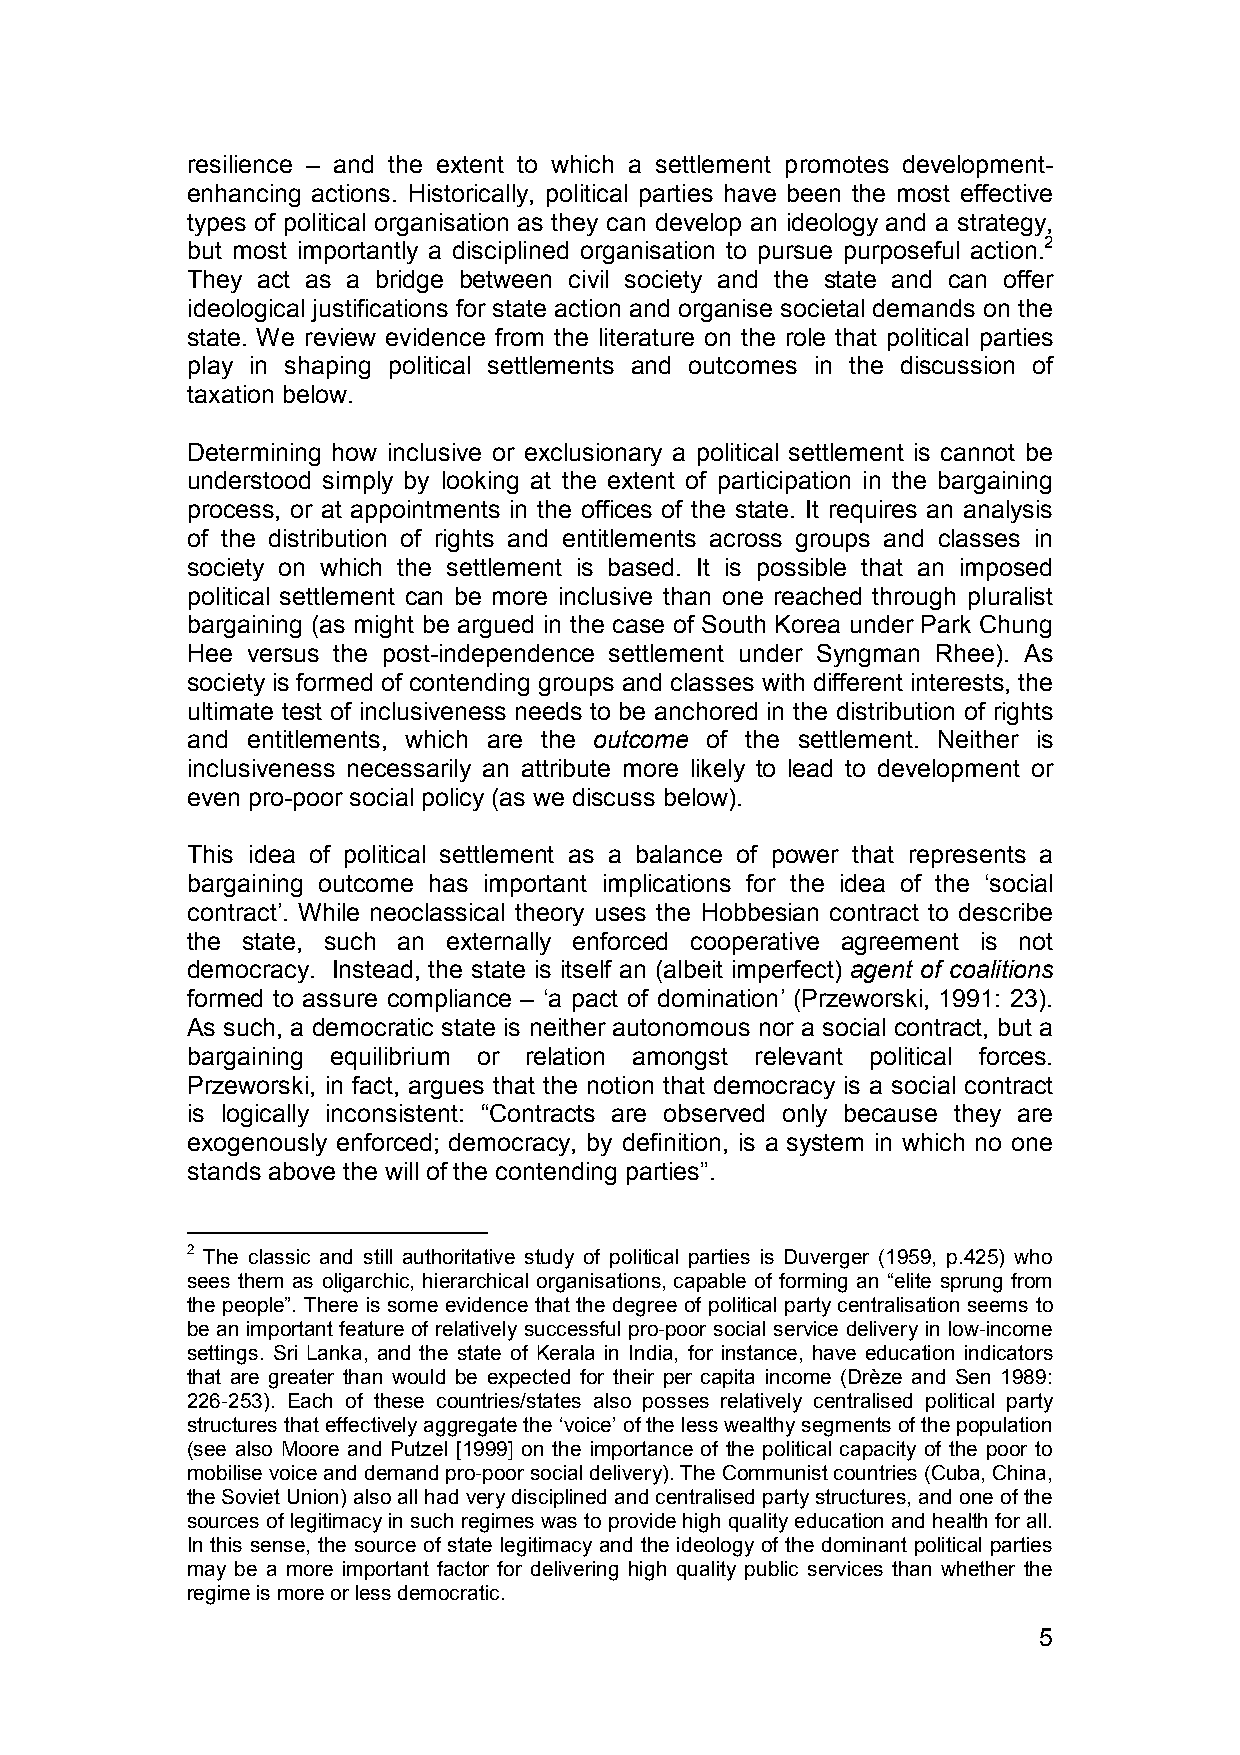
resilience – and the extent to which a settlement promotes development-
 enhancing actions. Historically, political parties have been the most effective
 types of political organisation as they can develop an ideology and a strategy,
 but most importantly a disciplined organisation to pursue purposeful action.2
 They act as a bridge between civil society and the state and can offer
 ideological justifications for state action and organise societal demands on the
 state. We review evidence from the literature on the role that political parties
 play in shaping political settlements and outcomes in the discussion of
 taxation below.
 Determining how inclusive or exclusionary a political settlement is cannot be
 understood simply by looking at the extent of participation in the bargaining
 process, or at appointments in the offices of the state. It requires an analysis
 of the distribution of rights and entitlements across groups and classes in
 society on which the settlement is based. It is possible that an imposed
 political settlement can be more inclusive than one reached through pluralist
 bargaining (as might be argued in the case of South Korea under Park Chung
 Hee versus the post-independence settlement under Syngman Rhee). As
 society is formed of contending groups and classes with different interests, the
 ultimate test of inclusiveness needs to be anchored in the distribution of rights
 and entitlements, which are the outcome of the settlement. Neither is
 inclusiveness necessarily an attribute more likely to lead to development or
 even pro-poor social policy (as we discuss below).
 This idea of political settlement as a balance of power that represents a
 bargaining outcome has important implications for the idea of the ‘social
 contract’. While neoclassical theory uses the Hobbesian contract to describe
 the state, such an externally enforced cooperative agreement is not
 democracy. Instead, the state is itself an (albeit imperfect) agent of coalitions
 formed to assure compliance – ‘a pact of domination’ (Przeworski, 1991: 23).
 As such, a democratic state is neither autonomous nor a social contract, but a
 bargaining equilibrium or relation amongst relevant political forces.
 Przeworski, in fact, argues that the notion that democracy is a social contract
 is logically inconsistent: “Contracts are observed only because they are
 exogenously enforced; democracy, by definition, is a system in which no one
 stands above the will of the contending parties”.
 2 The classic and still authoritative study of political parties is Duverger (1959, p.425) who
 sees them as oligarchic, hierarchical organisations, capable of forming an “elite sprung from
 the people”. There is some evidence that the degree of political party centralisation seems to
 be an important feature of relatively successful pro-poor social service delivery in low-income
 settings. Sri Lanka, and the state of Kerala in India, for instance, have education indicators
 that are greater than would be expected for their per capita income (Drèze and Sen 1989:
 226-253). Each of these countries/states also posses relatively centralised political party
 structures that effectively aggregate the ‘voice’ of the less wealthy segments of the population
 (see also Moore and Putzel [1999] on the importance of the political capacity of the poor to
 mobilise voice and demand pro-poor social delivery). The Communist countries (Cuba, China,
 the Soviet Union) also all had very disciplined and centralised party structures, and one of the
 sources of legitimacy in such regimes was to provide high quality education and health for all.
 In this sense, the source of state legitimacy and the ideology of the dominant political parties
 may be a more important factor for delivering high quality public services than whether the
 regime is more or less democratic.
 5